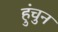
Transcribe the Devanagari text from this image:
हुंचुन